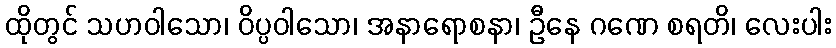
ထိုတွင် သဟဝါသော၊ ဝိပ္ပဝါသော၊ အနာရောစနာ၊ ဦနေ ဂဏေ စရတိ၊ လေးပါး